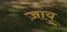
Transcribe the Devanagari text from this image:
ज़ायु